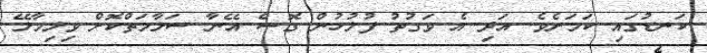
ކަނޑުގައި ކަމަށެވެ. އަދި އެ ވަގުތު ފުލުހުން ގޮސް އޭނާ ސަލާމަތްކޮށް ވިލިމާލޭ